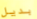
بديل